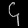
Digit: ၄